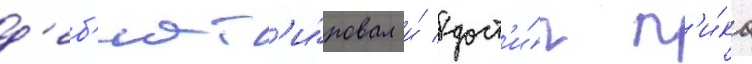
д'еб'ют'и́ровал и́ дост'и́г п'и́ка